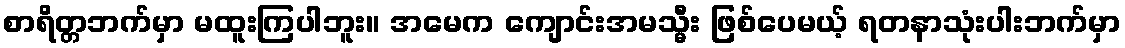
စာရိတ္တဘက်မှာ မထူးကြပါဘူး။ အမေက ကျောင်းအမသ္မီး ဖြစ်ပေမယ့် ရတနာသုံးပါးဘက်မှာ